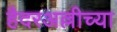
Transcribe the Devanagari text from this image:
हैदरअल्लीच्या